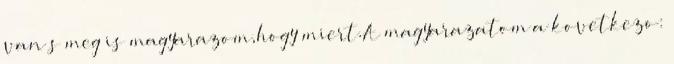
van s meg is magyarazom,hogy miert.A magyarazatom a kovetkezo: